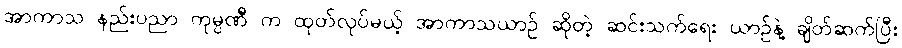
အာကာသ နည်းပညာ ကုမ္ပဏီ က ထုတ်လုပ်မယ့် အာကာသယာဉ် ဆိုတဲ့ ဆင်းသက်ရေး ယာဉ်နဲ့ ချိတ်ဆက်ပြီး